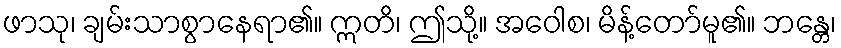
ဖာသု၊ ချမ်းသာစွာနေရာ၏။ ဣတိ၊ ဤသို့။ အဝေါစ၊ မိန့်တော်မူ၏။ ဘန္တေ၊